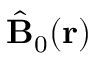
\hat { \bf B } _ { 0 } ( { \bf r } )